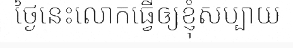
ថ្ងៃនេះលោកធ្វើឲ្យខ្ញុំសប្បាយ